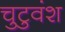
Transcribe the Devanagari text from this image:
चुटुवंश